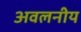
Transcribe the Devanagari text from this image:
अवलनीय